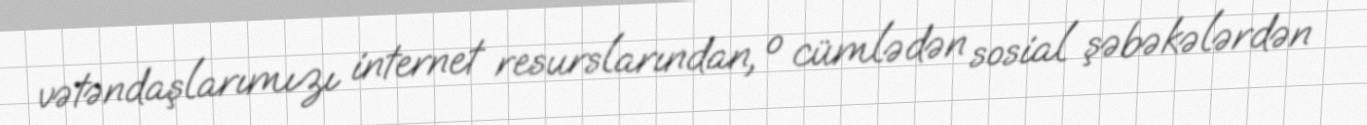
vətəndaşlarımızı internet resurslarından, o cümlədən sosial şəbəkələrdən